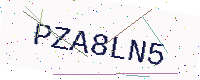
Text: PZA8LN5